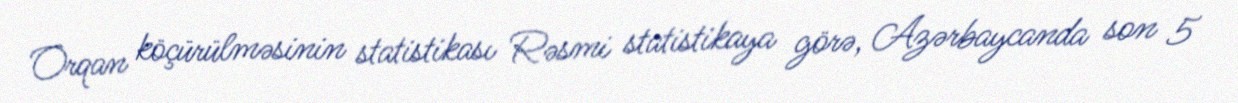
Orqan köçürülməsinin statistikası Rəsmi statistikaya görə, Azərbaycanda son 5